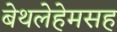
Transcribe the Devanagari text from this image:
बेथलेहेमसह